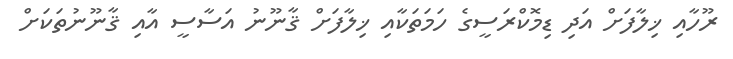
ރޫހާއި ޚިލާފަށް އަދި ޑިމޮކްރަސީގެ ހަމަތަކާއި ޚިލާފަށް ޤާނޫނު އަސާސީ އާއި ޤާނޫނުތަކަށް